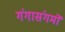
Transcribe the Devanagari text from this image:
गंगासंगमों